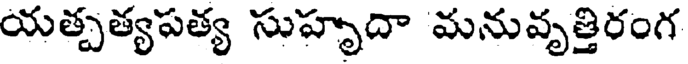
యత్పత్యపత్య సుహృదా మనువృత్తిరంగ